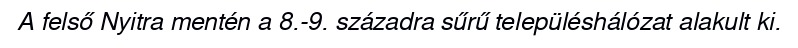
A felső Nyitra mentén a 8.-9. századra sűrű településhálózat alakult ki.